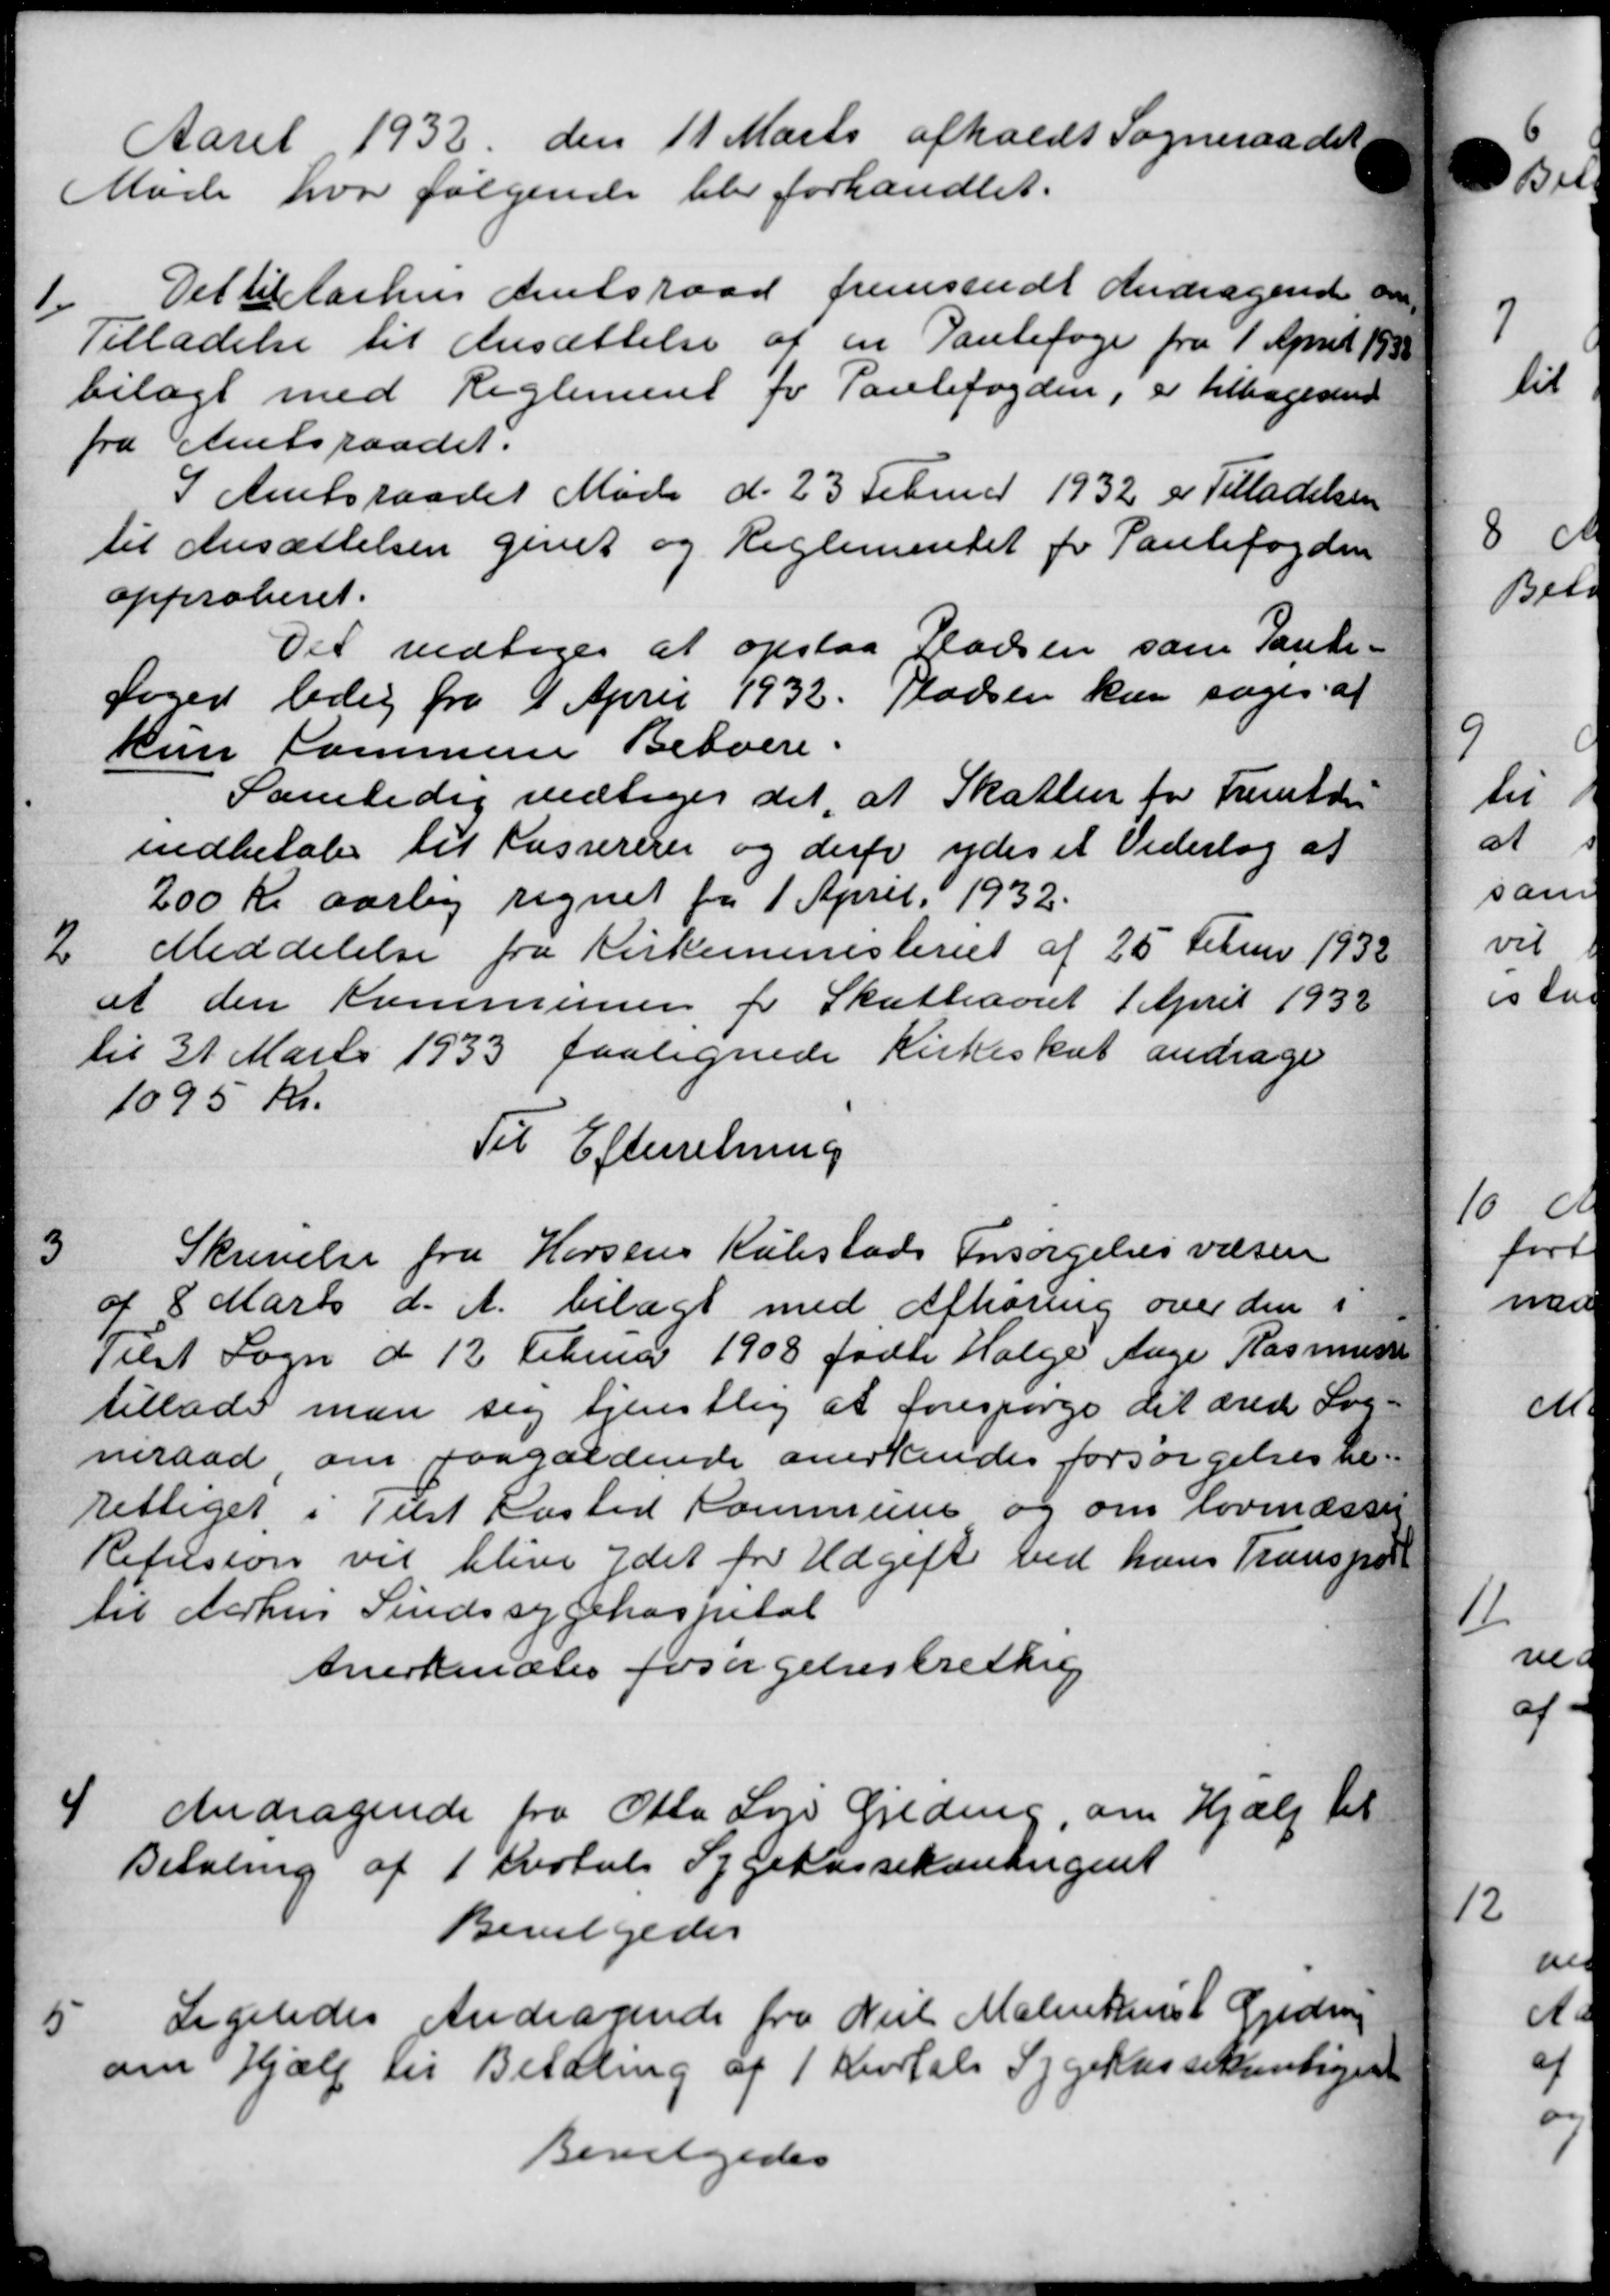
Transskription:
Aaret 1932 den 11 Marts afholdt Sogneraadet
Møde hvor følgende blev forhandlet.
1
Det til Aarhus Amtsraad fremsendt Andragende om,
Tilladelse til Ansættelse af en Pantefoge fra 1 April 1938
bilagt med Reglement for Pantefogden, er tilbagesend
fra Amtsraadet.
I Amtsraadet Møde d. 23 Februar 1932 er Tilladelsen
til Ansættelsen givet og Reglementet for Pantefogden
approberet.
Det vedtoges at opslaa Pladsen som Pante-
Sager ledig fra 1 April 1932. Pladsen kan søger af
kun kommene Beboere.
Samtidig vedtoges det, at Skatten for Fremtde
indbetale til Kassererer og derfor ydes et Vederlag af
200 Kr aarlig regnet fra 1 April 1932.
2.
Meddelelse fra Kirkeministeriet af 25 Februar 1932
at den Kommunen for Skatteaaret 1 April 1932
til 31 Marts 1933 paalignede Kirkeskat andrager
1095 Kr.
Til Efterretning
Skrivelse fra Horsens Købstads Forsørgelsesvæsen
3
af 8 Marts d. A. bilagt med Afhøring over den i
Tilst Sogn d 12 Februar 1908 fødte Holge Aage Rasmussen
tillader man sig tjenstlig at forespørge det ærede Sog-
neraad, om paagældende anerkendes forsørgelsesbe-
rettiget i Tilst Kasted Kommune og om lovmæsser
Refusion vil blive ydet for Udgift ved hans Transpor
til Aarhus Sindssygehospital
Anerkendtes forsørgelsesberettig
4
Andragende fra Otto Læge Gjeding, om Hjælp til
Betaling af 1 Kvotal Sygekassekontingent
Bevilgedes
Ligeledes Andragende fra Niels Malerikant Gjeds
5
om Hjælp til Betaling af 1 Kvartals Sygekassekontigen
Bevilgedes